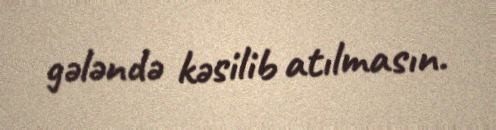
gələndə kəsilib atılmasın.